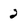
Character: 2